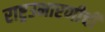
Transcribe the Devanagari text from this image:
राष्ट्रउभारणीची